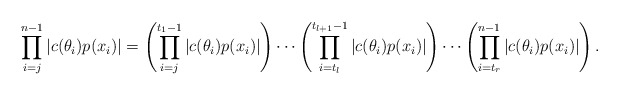
\begin{align*}\prod \limits_{i=j}^{n-1} |c(\theta_i)p(x_i)| = \left( \prod \limits_{i=j}^{t_1 - 1} |c(\theta_i)p(x_i)| \right) \cdots\left( \prod \limits_{i=t_l}^{t_{l+1} - 1} |c(\theta_i)p(x_i)| \right) \cdots \left( \prod \limits_{i=t_r}^{n - 1} |c(\theta_i)p(x_i)| \right).\end{align*}